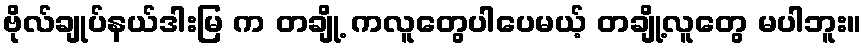
ဗိုလ်ချုပ်နယ်ဒါးမြ က တချို့ ကလူတွေပါပေမယ့် တချို့လူတွေ မပါဘူး။